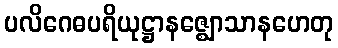
ပလိဂေဓပရိယုဋ္ဌာနဇ္ဈောသာနဟေတု